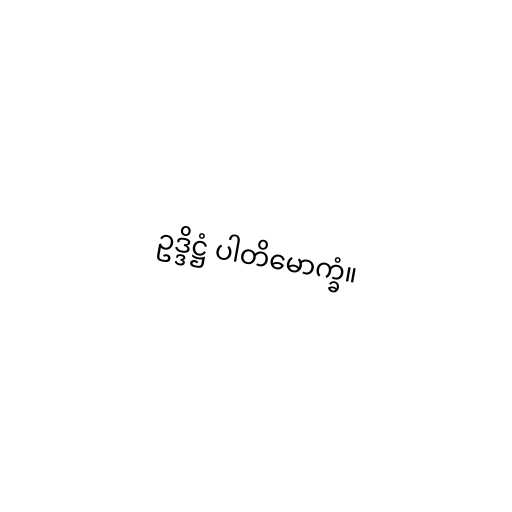
ဥဒ္ဒိဋ္ဌံ ပါတိမောက္ခံ။